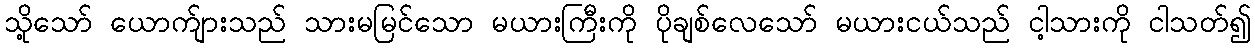
သို့သော် ယောက်ျားသည် သားမမြင်သော မယားကြီးကို ပိုချစ်လေသော် မယားငယ်သည် ငါ့သားကို ငါသတ်၍